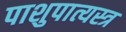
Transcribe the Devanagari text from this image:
पाशुपात्यस्त्र